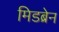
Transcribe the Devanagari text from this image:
मिडब्रेन